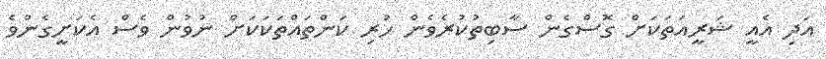
އަދި އެއީ ޝަރީއަތަކަށް ގޮސްގެން ސާބިތުކުރެވެން ހުރި ކަންތައްތަކަކަށް ނުވުން ވެސް އެކަށީގެންވެ